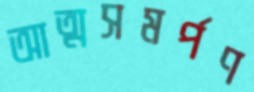
আত্মসমর্পণ